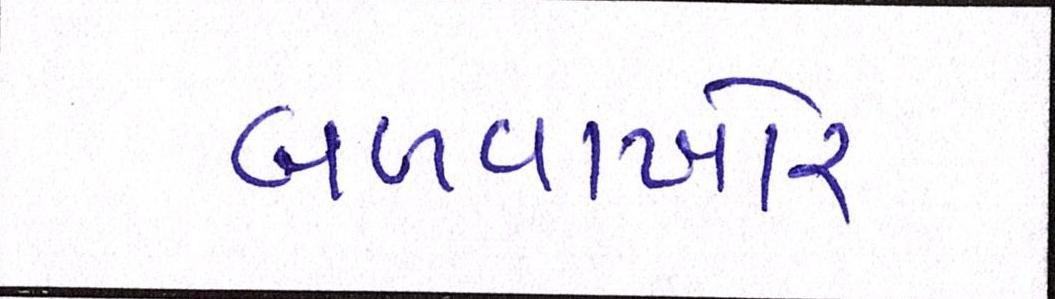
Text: બળવાખોર